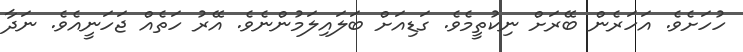
ހުހަށެވެ. އަހަރެން ބޭރަށް ނިކުތީމެވެ. ގަޑިއަށް ބަލައިލަމުންނެވެ. އޭރު ހަތެއް ޖަހަނީއެވެ. ނަދާ